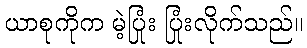
ယာစုကိုက မဲ့ပြုံး ပြုံးလိုက်သည်။